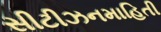
સીટીઝનમાહિતી